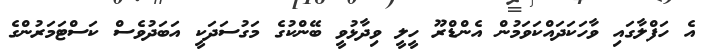
އެ ހަފްލާގައި ވާހަކަދައްކަވަމުން އެންޑްރޫ ހީލީ ވިދާޅުވީ ބޭންކުގެ މަގުސަދަކީ އަބަދުވެސް ކަސްޓަމަރުންގެ